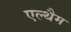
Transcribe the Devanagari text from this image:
एल्थैम